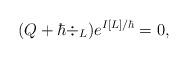
LaTeX: \begin{align*} (Q + \hbar\div_L)e^{I[L]/\hbar} = 0, \end{align*}